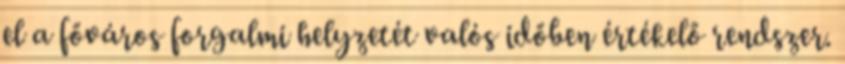
el a főváros forgalmi helyzetét valós időben értékelő rendszer.